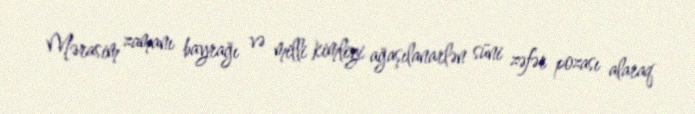
Mərasim zamanı bayrağı və milli kimliyi ağaşılanarlən süni zəfər pozası alaraq